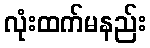
လုံးထက်မနည်း